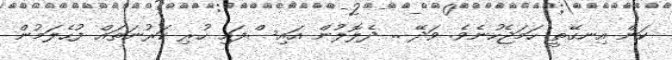
ކަން އިނގޭތީ ހަމަޖެހުނެވެ. ވަދޭ .. ދެލޮލުން އައިސްފައި ހުރި ކަރުނަތައް ފުހެލަމުން